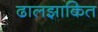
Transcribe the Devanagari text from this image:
ढालझाकित